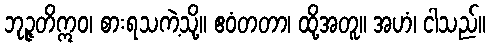
ဘုဉ္ဇတိဣဝ၊ စားရသကဲ့သို့။ ဧဝံတတာ၊ ထို့အတူ။ အဟံ၊ ငါသည်။